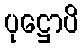
ပုဋ္ဌောပိ